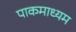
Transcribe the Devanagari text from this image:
पाकमाध्यम